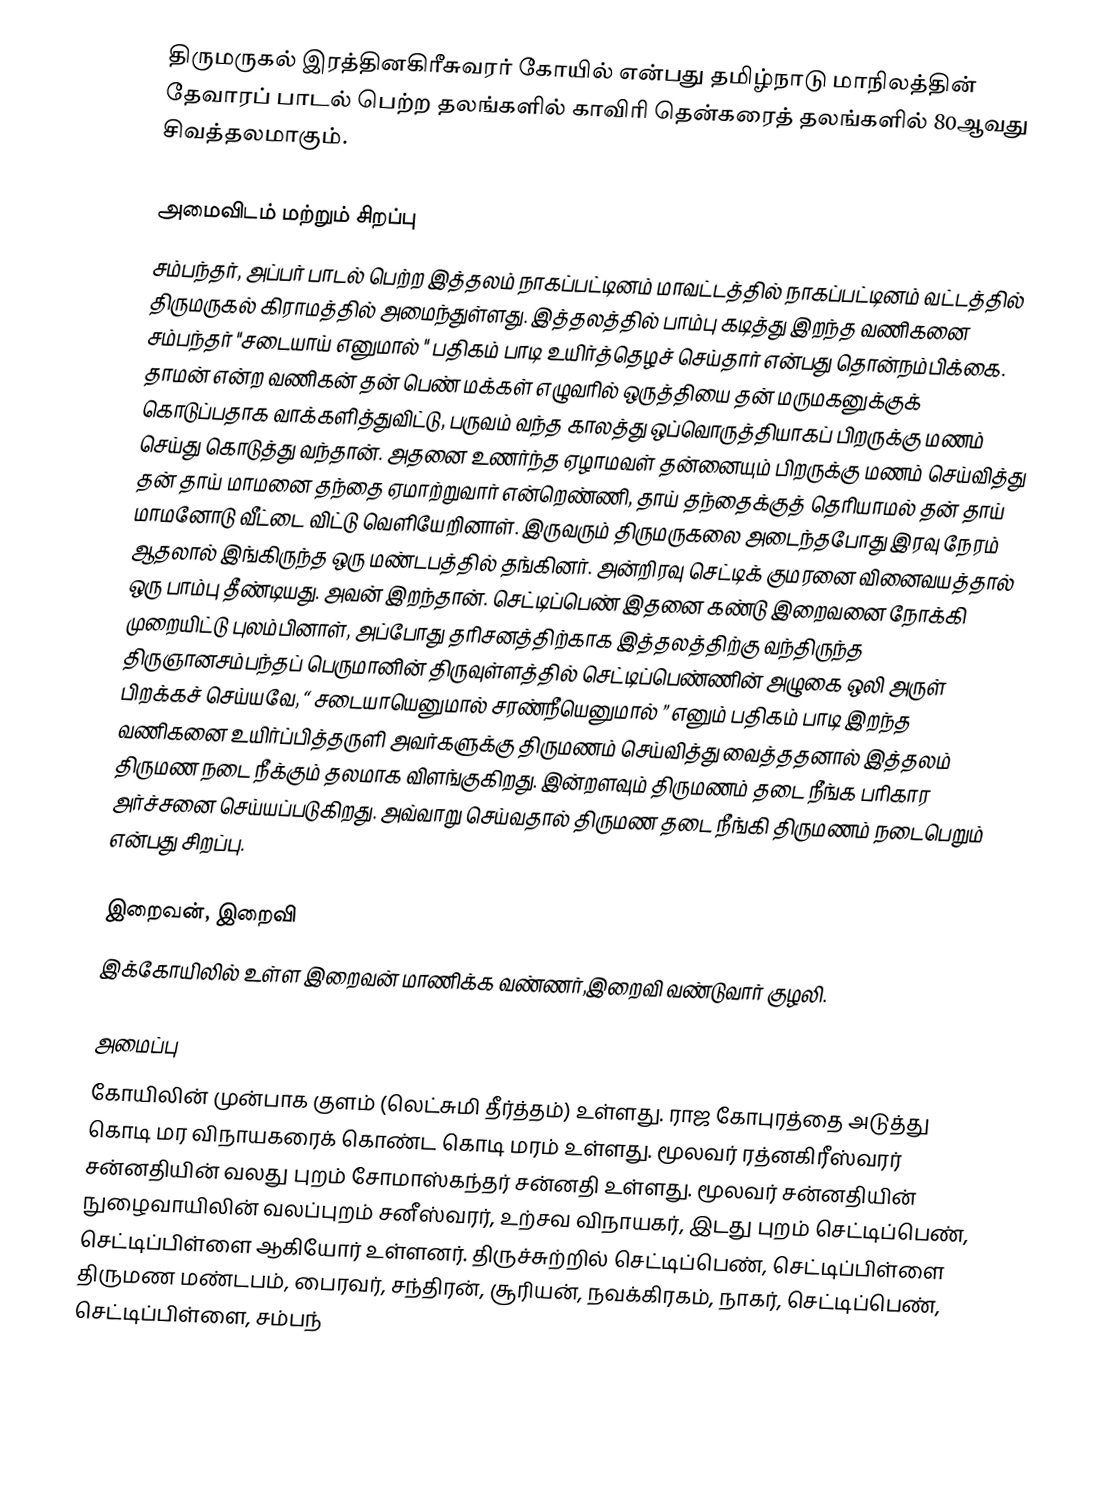
திருமருகல் இரத்தினகிரீசுவரர் கோயில் என்பது தமிழ்நாடு மாநிலத்தின் தேவாரப் பாடல் பெற்ற தலங்களில் காவிரி தென்கரைத் தலங்களில் 80ஆவது சிவத்தலமாகும்.

அமைவிடம் மற்றும் சிறப்பு
சம்பந்தர், அப்பர் பாடல் பெற்ற இத்தலம் நாகப்பட்டினம் மாவட்டத்தில் நாகப்பட்டினம்  வட்டத்தில் திருமருகல் கிராமத்தில் அமைந்துள்ளது. இத்தலத்தில் பாம்பு கடித்து இறந்த வணிகனை  சம்பந்தர் "சடையாய் எனுமால் " பதிகம் பாடி உயிர்த்தெழச் செய்தார் என்பது தொன்நம்பிக்கை.  தாமன் என்ற வணிகன் தன் பெண் மக்கள் எழுவரில் ஒருத்தியை தன் மருமகனுக்குக் கொடுப்பதாக வாக்களித்துவிட்டு, பருவம் வந்த காலத்து ஒப்வொருத்தியாகப் பிறருக்கு மணம் செய்து கொடுத்து வந்தான். அதனை உணர்ந்த ஏழாமவள் தன்னையும் பிறருக்கு மணம் செய்வித்து தன் தாய் மாமனை தந்தை ஏமாற்றுவார் என்றெண்ணி, தாய் தந்தைக்குத் தெரியாமல் தன் தாய் மாமனோடு வீட்டை விட்டு வெளியேறினாள். இருவரும் திருமருகலை அடைந்தபோது இரவு நேரம் ஆதலால் இங்கிருந்த ஒரு மண்டபத்தில் தங்கினர். அன்றிரவு செட்டிக் குமரனை வினைவயத்தால் ஒரு பாம்பு தீண்டியது. அவன் இறந்தான். செட்டிப்பெண் இதனை கண்டு இறைவனை நோக்கி முறையிட்டு புலம்பினாள்,  அப்போது தரிசனத்திற்காக இத்தலத்திற்கு  வந்திருந்த திருஞானசம்பந்தப் பெருமானின் திருவுள்ளத்தில் செட்டிப்பெண்ணின் அழுகை ஒலி அருள் பிறக்கச் செய்யவே,  “ சடையாயெனுமால்  சரண்நீயெனுமால் ” எனும் பதிகம் பாடி இறந்த வணிகனை உயிர்ப்பித்தருளி அவர்களுக்கு திருமணம் செய்வித்து வைத்ததனால் இத்தலம் திருமண நடை நீக்கும் தலமாக விளங்குகிறது. இன்றளவும்  திருமணம் தடை நீங்க பரிகார அர்ச்சனை செய்யப்படுகிறது. அவ்வாறு செய்வதால் திருமண தடை நீங்கி திருமணம் நடைபெறும் என்பது சிறப்பு.

இறைவன், இறைவி
இக்கோயிலில் உள்ள இறைவன் மாணிக்க வண்ணர்,இறைவி வண்டுவார் குழலி.

அமைப்பு
கோயிலின் முன்பாக குளம் (லெட்சுமி தீர்த்தம்) உள்ளது.  ராஜ கோபுரத்தை அடுத்து கொடி மர விநாயகரைக் கொண்ட கொடி மரம் உள்ளது.  மூலவர் ரத்னகிரீஸ்வரர் சன்னதியின் வலது புறம் சோமாஸ்கந்தர் சன்னதி உள்ளது. மூலவர் சன்னதியின் நுழைவாயிலின் வலப்புறம் சனீஸ்வரர், உற்சவ விநாயகர், இடது புறம் செட்டிப்பெண், செட்டிப்பிள்ளை ஆகியோர் உள்ளனர்.  திருச்சுற்றில் செட்டிப்பெண், செட்டிப்பிள்ளை திருமண மண்டபம், பைரவர், சந்திரன், சூரியன், நவக்கிரகம், நாகர், செட்டிப்பெண், செட்டிப்பிள்ளை, சம்பந்